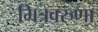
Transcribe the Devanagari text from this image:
मित्रवरुणा